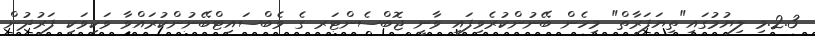
2.3.މި ލިޔުމުގައި"ތިޔަފަރާތް" މިހެން ބޭނުންކުރެވިފައި ވާނީ ޖޮބްސެންޓަރ ގެ ވެބްސައިޓްބޭނުންކުރައްވާ ވަކިވަކި ފަރުދުން